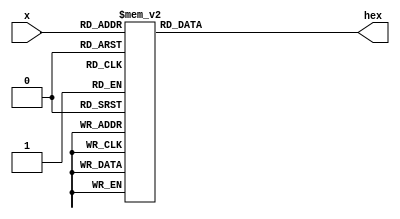
module Dig_Decode(x, hex);
	input [3:0] x;
	output reg [6:0] hex;
	
	always @(*)
	begin
		case (x)
		4'd0: hex = 7'b1000000;
		4'd1: hex = 7'b1111001;
		4'd2: hex = 7'b0100100;
		4'd3: hex = 7'b0110000;
		4'd4: hex = 7'b0011001;
		4'd5: hex = 7'b0010010;
		4'd6: hex = 7'b0000010;
		4'd7: hex = 7'b1111000;
		4'd8: hex = 7'b0000000;
		4'd9: hex = 7'b0010000;
        4'ha: hex = 7'b0001000;
        4'hb: hex = 7'b0000011;
        4'hc: hex = 7'b1000110;
        4'hd: hex = 7'b0100001;
        4'he: hex = 7'b0000110;
        4'hf: hex = 7'b0001110;
		endcase
	end
endmodule